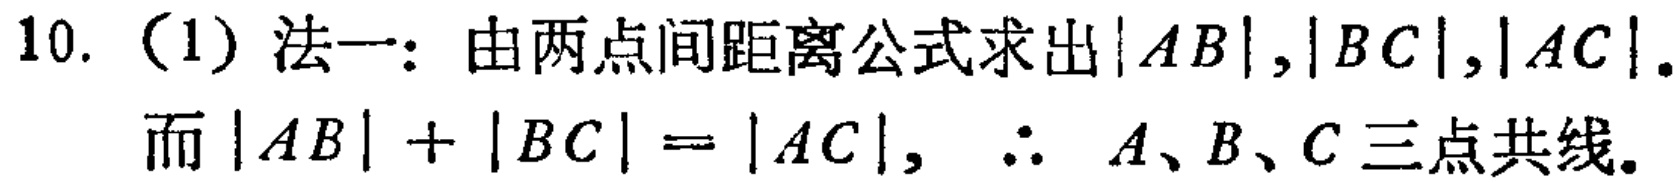
10.（1）法一：由两点间距离公式求出\(\vert AB\vert,\vert BC\vert,\vert AC\vert\)。
而\(\vert AB\vert + \vert BC\vert = \vert AC\vert\)，\(\therefore\) \(A、B、C\)三点共线。